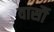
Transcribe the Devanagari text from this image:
वार्सौ